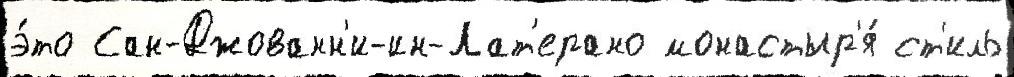
э́то Сан-Джованн'и-ин-Лат'ерано монастыр'я́ ст'иль